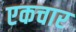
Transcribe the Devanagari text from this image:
एकचार